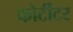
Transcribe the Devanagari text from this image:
फोर्टीटर